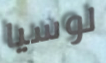
لوسيا